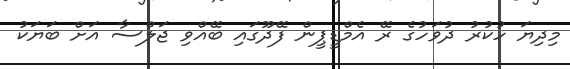
މިދިޔަ ހުކުރު ދުވަހުގެ ރޭ އެމްޑީޕީން ފޭދޫގައި ބޭއްވި ޖަލްސާ އަށް ބަޔަކު